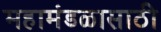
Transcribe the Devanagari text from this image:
महामंडळासाठी